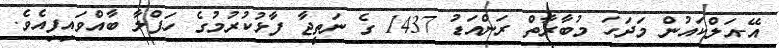
އޭ-އަލްކައުން މަދަހަ މުބާރާތް ރަންއަޑު 1437 ގެ ނަތީޖާ ފާޅުކުރުމުގެ ހަފްލާ ބާއްވައިފިއެވެ.